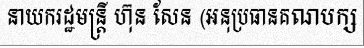
នាយករដ្ឋមន្ត្រី ហ៊ុន សែន (អនុប្រធានគណបក្ស